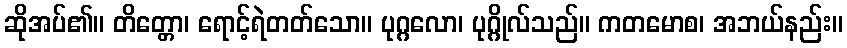
ဆိုအပ်၏။ တိတ္တော၊ ရောင့်ရဲတတ်သော။ ပုဂ္ဂလော၊ ပုဂ္ဂိုလ်သည်။ ကတမောစ၊ အဘယ်နည်း။